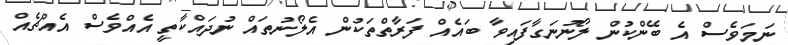
ނަމަވެސް އެ ބޭންކުން ލޯނުނަގާފައިވާ ބައެއް ފަރާތްތަކުން އެލޯނުތައް ނުދައްކާތީ އެއްވެސް އެއްޗެއް